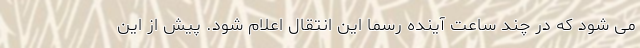
می شود که در چند ساعت آینده رسما این انتقال اعلام شود. پیش از این